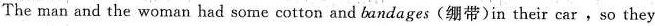
The man and the woman had some cotton and bandages(绷带)in their car，So they